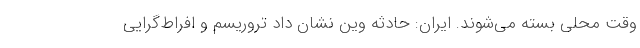
وقت محلی بسته می‌شوند. ایران: حادثه وین نشان داد تروریسم و افراط‌گرایی